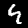
Label: 4